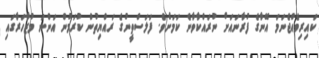
ކައިރިވެއްޖެނަމަ އޭނާގެ ފުރާނައަށް ނުރައްކާވާނެ ކަމަށެވެ. ފަލަސްތީނުގެ ރައްޔިތުން ކުރަމުން އަންނަ މުޒާހަރާގައި